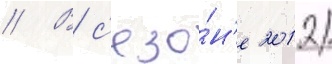
// В с'езо́н'е 2012/